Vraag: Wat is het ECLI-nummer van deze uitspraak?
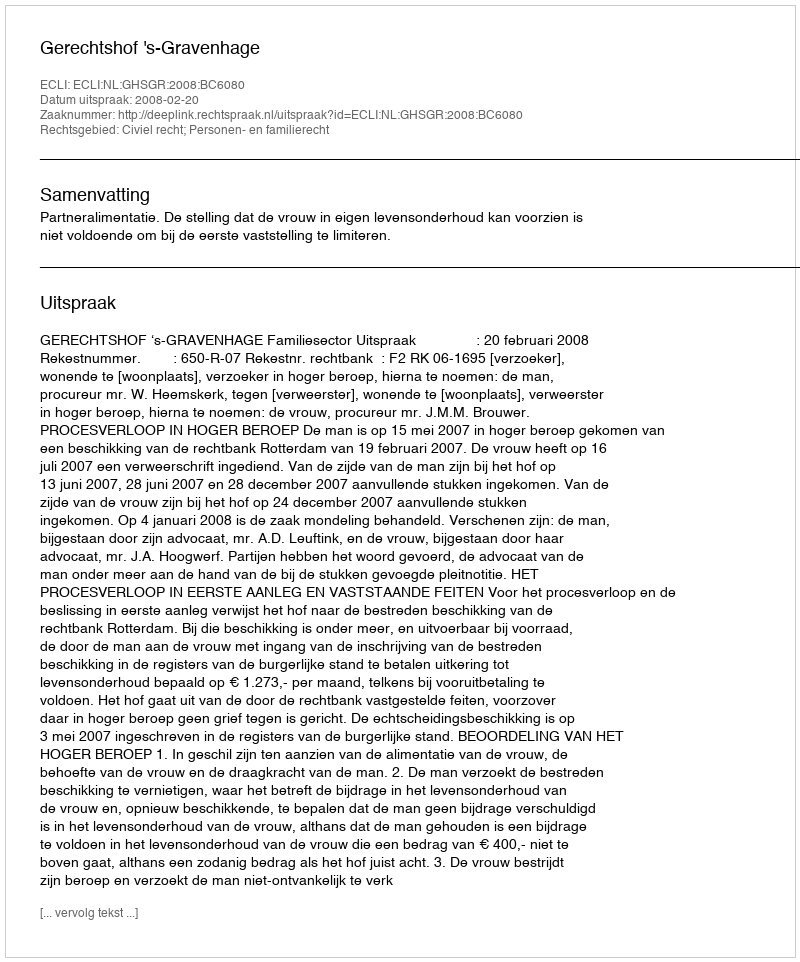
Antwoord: ECLI:NL:GHSGR:2008:BC6080